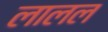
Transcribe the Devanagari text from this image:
लालल